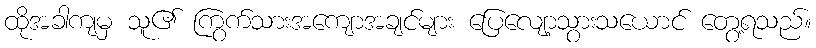
ထိုအခါကျမှ သူ၏ ကြွက်သားအကျောအချင်များ ပြေလျော့သွားသယောင် တွေ့ရသည်။